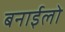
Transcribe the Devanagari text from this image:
बनाईलो